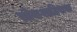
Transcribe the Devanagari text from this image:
लोकशाहिराचा